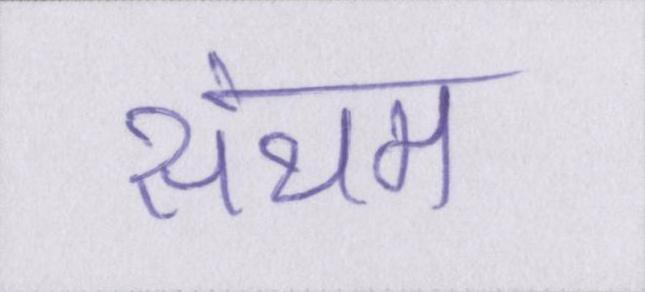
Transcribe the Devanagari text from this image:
संयम